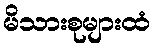
မိသားစုများထံ